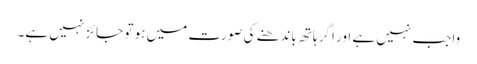
واجب نہیں ہے اور اگر ہاتھ باندھنے کی صورت میں ہو تو جائز نہیں ہے۔